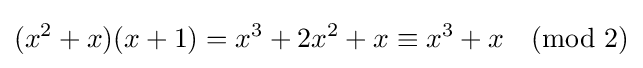
(x^{2}+x)(x+1)=x^{3}+2x^{2}+x\equiv x^{3}+x{\pmod {2}}